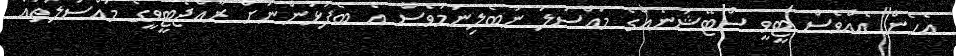
އެހެން އެއްވެސް ޓީވީ ސްޓޭޝަނެއްގެ މައްސަލަ ނުބެލިނަމަވެސް އެ ބެފުޅުންނަށް ރާއްޖެޓީވީގެ މައްސަލަތައް